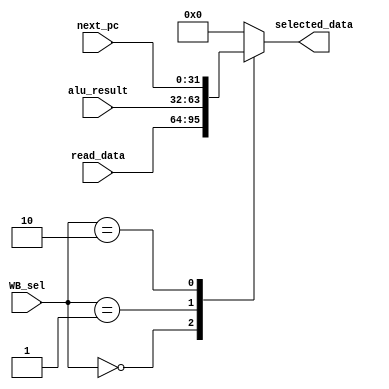
module WB_stage(
	input [1:0] WB_sel,
	input [31:0] next_pc,
	input [31:0] alu_result,
	input [31:0] read_data,

	output reg [31:0] selected_data
	);

	always @(*) begin
		case (WB_sel)
			2'd0 : selected_data = read_data;
			2'd1 : selected_data = alu_result;
			2'd2 : selected_data = next_pc;
			default : selected_data = 32'd0;
		endcase
	end

endmodule // WB_stage